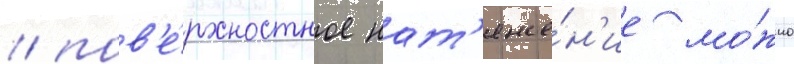
/ пов'е́рхностное нат'яже́н'ие мо́жно